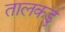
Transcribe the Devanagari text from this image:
तालकडु